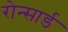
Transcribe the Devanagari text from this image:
रोन्सार्ड